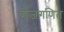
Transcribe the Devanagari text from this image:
बीजगणित